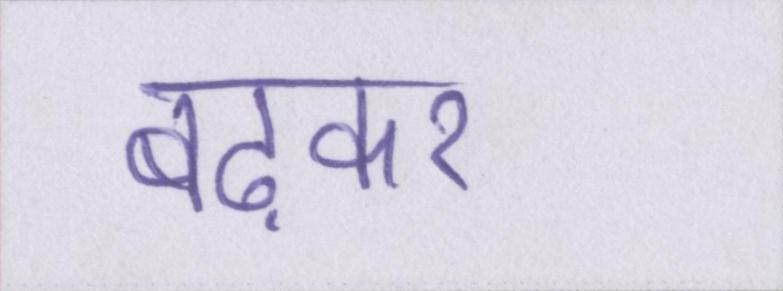
बढ़कर